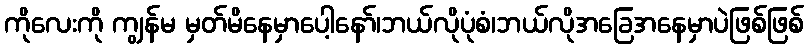
ကိုလေးကို ကျွန်မ မှတ်မိနေမှာပေါ့နော်၊ဘယ်လိုပုံစံ၊ဘယ်လိုအခြေအနေမှာပဲဖြစ်ဖြစ်